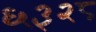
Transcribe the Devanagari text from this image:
६३२८